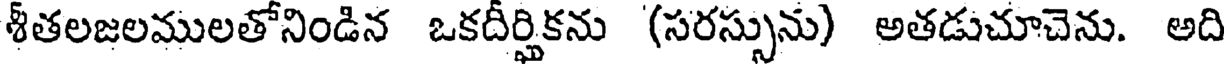
శీతలజలములతోనిండిన ఒకదీర్హికను (సరస్సును) అతడుచూచెను. అది